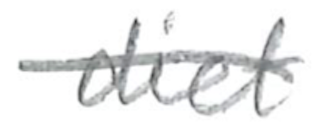
Text: diet
Cross-out: single-line
Writing tool: pencil